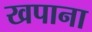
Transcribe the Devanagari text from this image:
खपाना